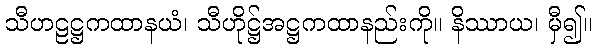
သီဟဠဋ္ဌကထာနယံ၊ သီဟိုဋ္ဌ်အဋ္ဌကထာနည်းကို။ နိဿာယ၊ မှီ၍။